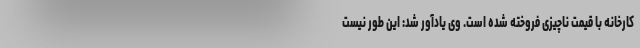
کارخانه با قیمت ناچیزی فروخته شده است. وی یادآور شد: این طور نیست